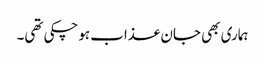
ہماری بھی جان عذاب ہوچکی تھی۔